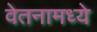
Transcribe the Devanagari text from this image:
वेतनामध्ये